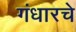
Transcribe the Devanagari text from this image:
गंधारचे